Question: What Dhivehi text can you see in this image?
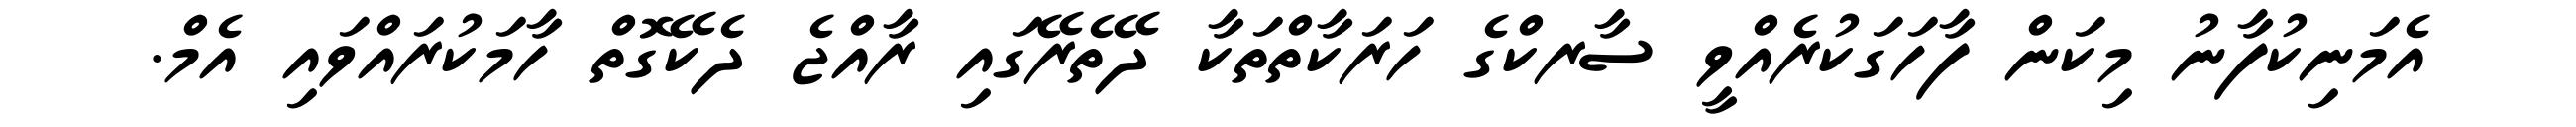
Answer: އެމަނިކުފާނު މިކަން ފާހަގަކުރެއްވީ ސާރކްގެ ހަރަކާތްތަކާ ދޭތެރޭގައި ރާއްޖެ ދެކޭގޮތް ހާމަކުރައްވައި އެމް.